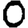
Digit: 0